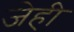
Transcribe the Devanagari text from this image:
जेही